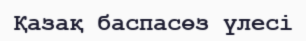
Қазақ баспасөз үлесі